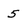
Character: 5